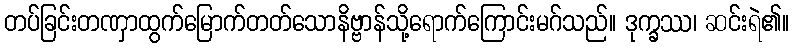
တပ်ခြင်းတဏှာထွက်မြောက်တတ်သောနိဗ္ဗာန်သို့ရောက်ကြောင်းမဂ်သည်။ ဒုက္ခဿ၊ ဆင်းရဲ၏။